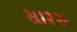
સારસ